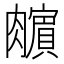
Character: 𰯣